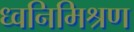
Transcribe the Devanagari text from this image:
ध्वनिमिश्रण